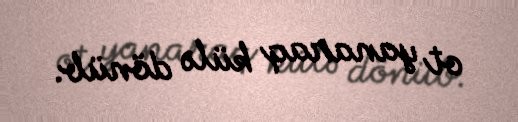
ot yanaraq külə dönüb.